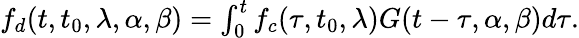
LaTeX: \begin{array}{r}{f_{d}(t,t_{0},\lambda,\alpha,\beta)={\int_{0}^{t}f_{c}(\tau,t_{0},\lambda)G(t-\tau,\alpha,\beta)}d\tau.}\end{array}